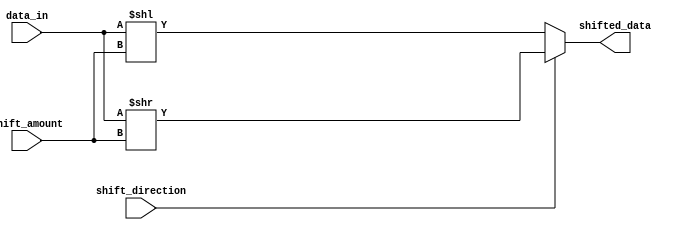
module BarrelShifter (
    input wire [31:0] data_in,
    input wire [4:0] shift_amount,
    input wire shift_direction,
    output wire [31:0] shifted_data
);

reg [31:0] temp_data;

always @(*) begin
    if (shift_direction == 1'b0) begin
        temp_data = data_in << shift_amount;
    end else begin
        temp_data = data_in >> shift_amount;
    end
end

assign shifted_data = temp_data;

endmodule